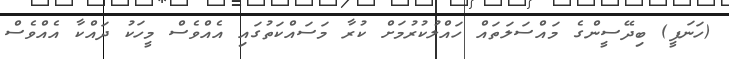
(ހަނަފީ) ބިދޭސީންގެ މައްސަލަަތައް ހައްލުކުރުމަށް ކުރާ މަސައްކަތުގައި އެއްވެސް މީހަކު ދައްކާ އެއްވެސް